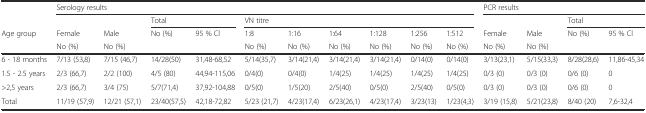
|  | <COLSPAN=10> Serology results | <COLSPAN=4> PCR results |
 |  |  |  | <COLSPAN=2> Total | <COLSPAN=6> VN titre |  |  | <COLSPAN=2> Total |
 | Age group | Female | Male | <ROWSPAN=2> No (%) | 95 % Cl | 1:8 | 1:16 | 1:64 | 1:128 | 1:256 | 1:512 | Female | Male | <ROWSPAN=2> No (%) | <ROWSPAN=2> 95 % Cl |
 |  | No (%) | No (%) |  | No (%) | No (%) | No (%) | No (%) | No (%) | No (%) | No (%) | No (%) |
 | --- | --- | --- | --- | --- | --- | --- | --- | --- | --- | --- | --- | --- | --- | --- |
 | 6 - 18 months | 7/13 (53,8) | 7/15 (46,7) | 14/28(50) | 31,48-68,52 | 5/14(35,7) | 3/14(21,4) | 3/14(21,4) | 3/14(21,4) | 0/14(0) | 0/14(0) | 3/13(23,1) | 5/15(33,3) | 8/28(28,6) | 11,86-45,34 |
 | 1.5 - 2.5 years | 2/3 (66,7) | 2/2 (100) | 4/5 (80) | 44,94-115,06 | 0/4(0) | 0/4(0) | 1/4(25) | 1/4(25) | 1/4(25) | 1/4(25) | 0/3 (0) | 0/3 (0) | 0/6 (0) | 0 |
 | >2,5 years | 2/3 (66,7) | 3/4 (75) | 5/7(71,4) | 37,92-104,88 | 0/5(0) | 1/5(20) | 2/5(40) | 0/5(0) | 2/5(40) | 0/5(0) | 0/3 (0) | 0/3 (0) | 0/6 (0) | 0 |
 | Total | 11/19 (57,9) | 12/21 (57,1) | 23/40(57,5) | 42,18-72,82 | 5/23 (21,7) | 4/23(17,4) | 6/23(26,1) | 4/23(17,4) | 3/23(13) | 1/23(4,3) | 3/19 (15,8) | 5/21(23,8) | 8/40 (20) | 7,6-32,4 |